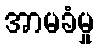
အာမခံမှု